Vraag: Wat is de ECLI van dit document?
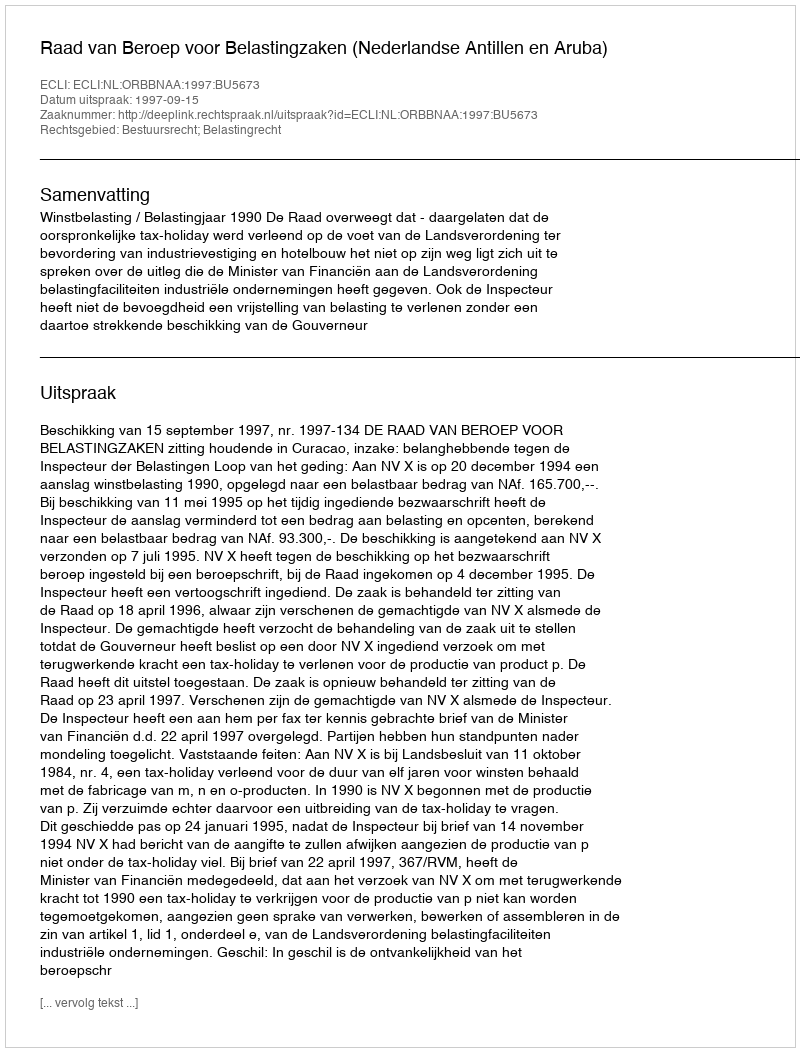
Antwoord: ECLI:NL:ORBBNAA:1997:BU5673